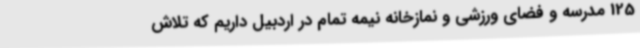
125 مدرسه و فضای ورزشی و نمازخانه نیمه تمام در اردبیل داریم که تلاش